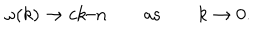
\omega ( k ) \to c k / n \qquad \mathrm { a s } \qquad k \to 0 .